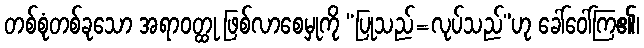
တစ်စုံတစ်ခုသော အရာဝတ္ထု ဖြစ်လာစေမှုကို “ပြုသည်=လုပ်သည်”ဟု ခေါ်ဝေါ်ကြ၏၊